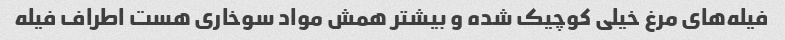
فیله‌های مرغ خیلی کوچیک شده و بیشتر همش مواد سوخاری هست اطراف فیله